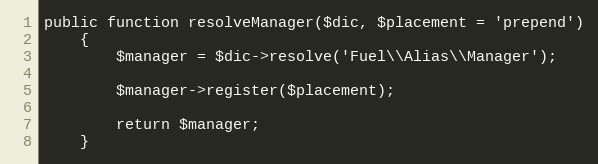
Language: PHP
public function resolveManager($dic, $placement = 'prepend')
	{
		$manager = $dic->resolve('Fuel\\Alias\\Manager');

		$manager->register($placement);

		return $manager;
	}